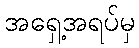
အရှေ့အရပ်မှ